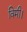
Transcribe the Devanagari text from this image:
विमी।